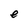
Character: e